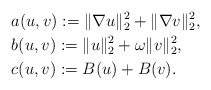
\begin{align*}&a(u,v):=\|\nabla u\|_{2}^{2}+\|\nabla v\|_{2}^{2},\\&b(u,v):=\|u\|_{2}^{2}+\omega\|v\|_{2}^{2},\\&c(u,v):=B(u)+B(v).\end{align*}